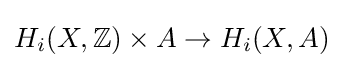
H_{i}(X,\mathbb {Z} )\times A\to H_{i}(X,A)